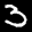
Label: 3